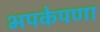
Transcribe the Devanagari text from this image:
भपकेपणा